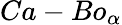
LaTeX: Ca-Bo_{\alpha}